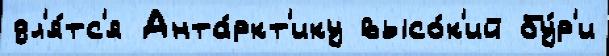
дл'я́тс'я Анта́ркт'ику высо́к'ий бу́р'и